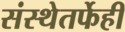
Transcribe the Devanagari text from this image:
संस्थेतर्फेही